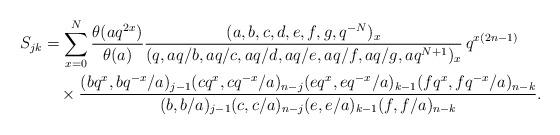
LaTeX: \begin{align*}S_{jk}&=\sum_{x=0}^N\frac{\theta(aq^{2x})}{\theta(a)}\frac{(a,b,c,d,e,f,g,q^{-N})_{x}}{(q,aq/b,aq/c,aq/d,aq/e,aq/f,aq/g,aq^{N+1})_{x}}\,q^{x(2n-1)}\\&\quad\times\frac{(bq^x,bq^{-x}/a)_{j-1}(cq^x,cq^{-x}/a)_{n-j}(eq^x,eq^{-x}/a)_{k-1}(fq^x,fq^{-x}/a)_{n-k}}{(b,b/a)_{j-1}(c,c/a)_{n-j}(e,e/a)_{k-1}(f,f/a)_{n-k}}.\end{align*}